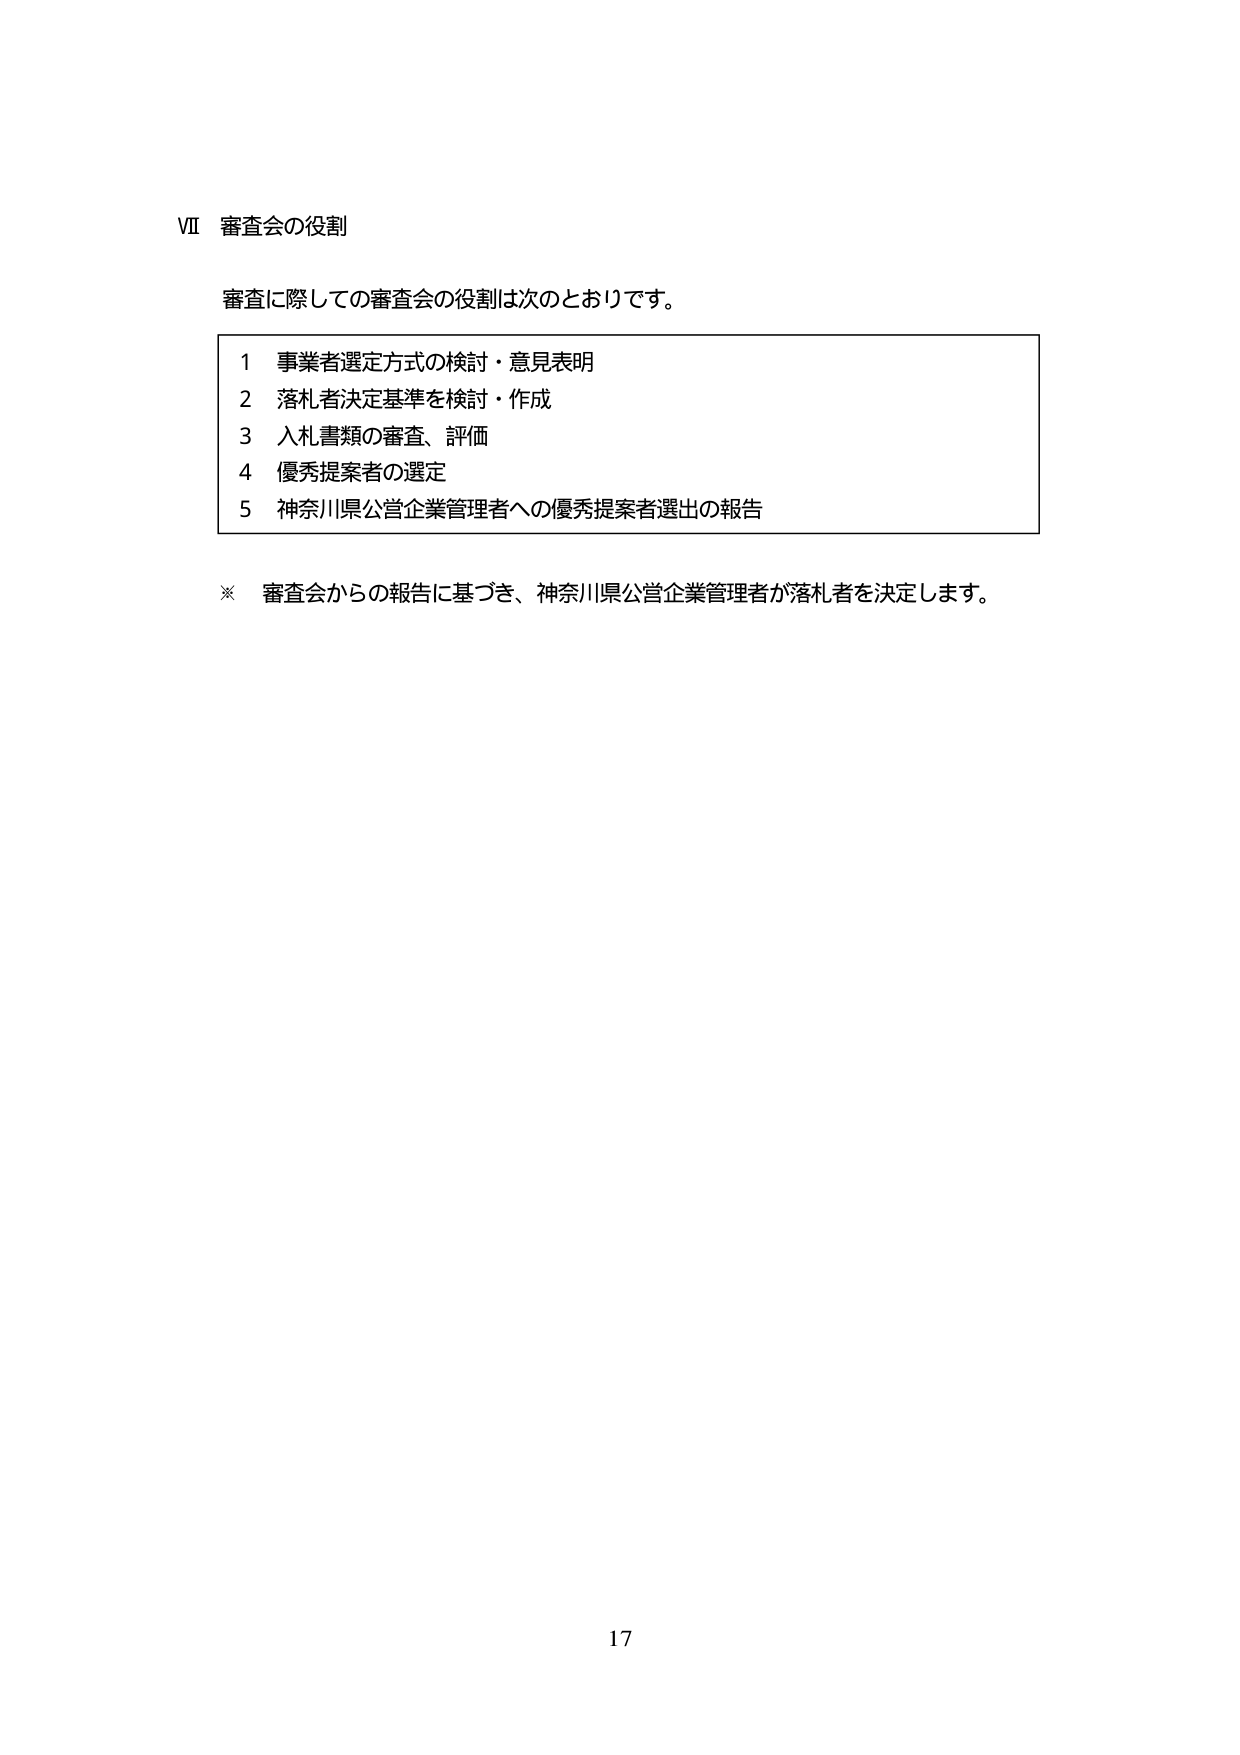
VII 審査会の役割

審査に際しての審査会の役割は次のとおりです。

1 事業者選定方式の検討・意見表明
2 落札者決定基準を検討・作成
3 入札書類の審査、評価
4 優秀提案者の選定
5 神奈川県公営企業管理者への優秀提案者選出の報告

※ 審査会からの報告に基づき、神奈川県公営企業管理者が落札者を決定します。

17